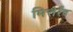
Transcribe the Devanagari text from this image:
मित्तेर्रंद